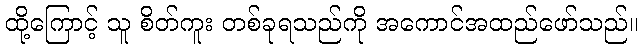
ထို့ကြောင့် သူ စိတ်ကူး တစ်ခုရသည်ကို အကောင်အထည်ဖော်သည်။